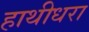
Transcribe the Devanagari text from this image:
हाथीधरा